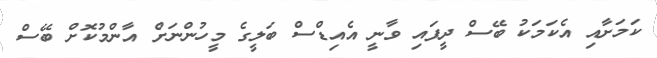
ކަމަށާއި އެކަމަކު ބޭސް ދީފައި ވާނީ އެއިޑްސް ބަލީގެ މީހުންނަށް އާންމުކޮށް ބޭސް